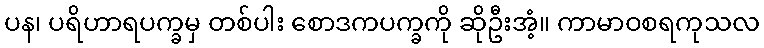
ပန၊ ပရိဟာရပက္ခမှ တစ်ပါး စောဒကပက္ခကို ဆိုဦးအံ့။ ကာမာဝစရကုသလ